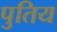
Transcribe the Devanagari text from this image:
पुतिय